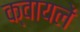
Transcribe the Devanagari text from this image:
क्वायलें